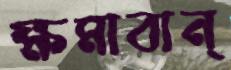
ক্ষমাবান্‌